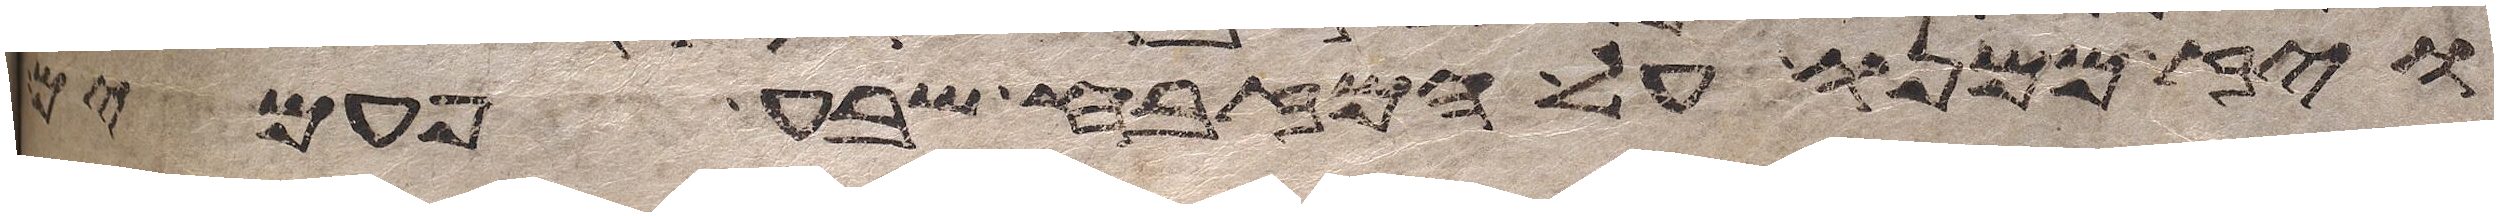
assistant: ויז ממנו על המזבח שבע פעמים